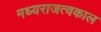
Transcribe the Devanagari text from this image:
मध्यराजत्वकाल